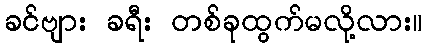
ခင်ဗျား ခရီး တစ်ခုထွက်မလို့လား။